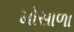
મોસાળા